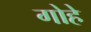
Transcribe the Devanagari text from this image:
गोहे